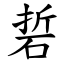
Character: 硩